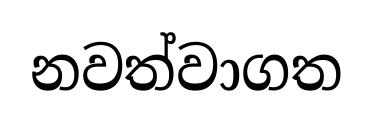
නවත්වාගත